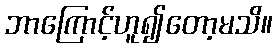
ဘာကြောင့်ဟူ၍တော့မသိ။